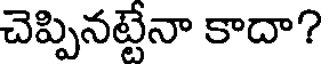
చెప్పినట్టేనా కాదా?